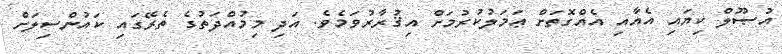
އުޞޫލް ކިޔައި އެއާއި އެއްގޮތަށް ޢަމަލުކުރުމަށް އިޤުރާރުވަމެވެ. އަދި މިމުއްދަތުގެ ތެރޭގައި ކައުންސިލަށް